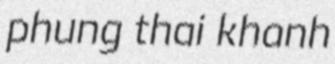
phung thai khanh